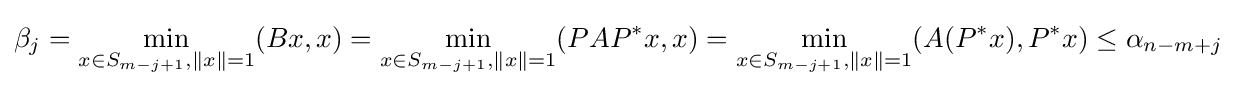
\beta _{j}=\min _{x\in S_{m-j+1},\|x\|=1}(Bx,x)=\min _{x\in S_{m-j+1},\|x\|=1}(PAP^{*}x,x)=\min _{x\in S_{m-j+1},\|x\|=1}(A(P^{*}x),P^{*}x)\leq \alpha _{n-m+j}